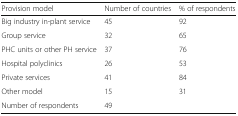
<table><thead><tr><td><b>Provision model</b></td><td><b>Number of countries</b></td><td><b>% of respondents</b></td></tr></thead><tbody><tr><td>Big industry in-plant service</td><td>45</td><td>92</td></tr><tr><td>Group service</td><td>32</td><td>65</td></tr><tr><td>PHC units or other PH service</td><td>37</td><td>76</td></tr><tr><td>Hospital polyclinics</td><td>26</td><td>53</td></tr><tr><td>Private services</td><td>41</td><td>84</td></tr><tr><td>Other model</td><td>15</td><td>31</td></tr><tr><td>Number of respondents</td><td>49</td><td></td></tr></tbody></table>